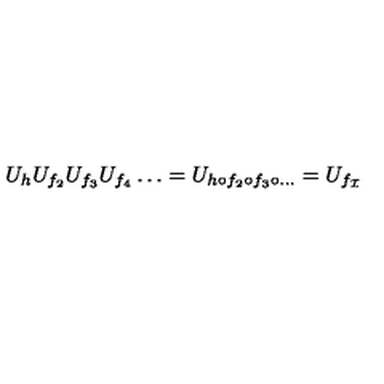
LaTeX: U _ { h } U _ { f _ { 2 } } U _ { f _ { 3 } } U _ { f _ { 4 } } \ldots = U _ { h \circ f _ { 2 } \circ f _ { 3 } \circ \ldots } = U _ { f _ { \cal I } }